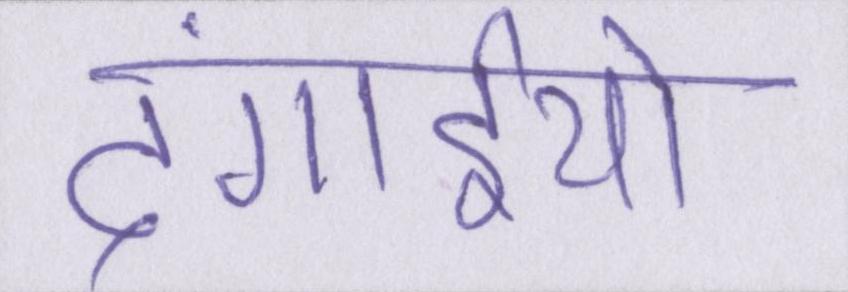
दंगाईयो